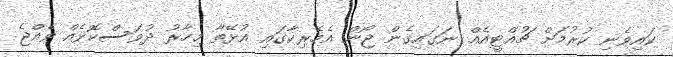
ކައިވެނި ކުރުމަށް ޗުއްޓީއެއް ނަގައިގެން ޖޯން އެމެރިކާގައި އުޅޭތާ މިހާރު ދުވަސްކޮޅެއް ވެއްޖެ